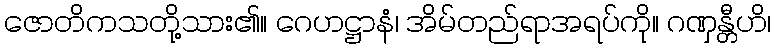
ဇောတိကသတို့သား၏။ ဂေဟဋ္ဌာနံ၊ အိမ်တည်ရာအရပ်ကို။ ဂဏှန္တီဟိ၊